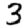
Digit: 3